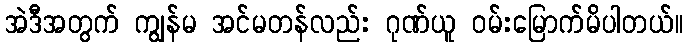
အဲဒီအတွက် ကျွန်မ အင်မတန်လည်း ဂုဏ်ယူ ဝမ်းမြောက်မိပါတယ်။